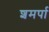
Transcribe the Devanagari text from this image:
शमर्पा